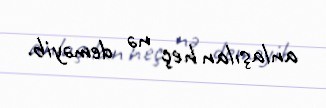
anlaşılan heç nə deməyib.